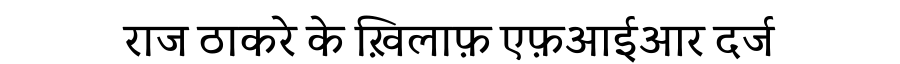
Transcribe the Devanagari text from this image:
राज ठाकरे के ख़िलाफ़ एफ़आईआर दर्ज